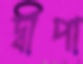
দ্বীপা